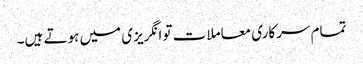
تمام سرکاری معاملات تو انگریزی میں ہوتے ہیں۔